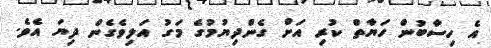
އެ ހިސާބުން ހަޔާތް ކުރި އަށް ގެންދިޔުމުގެ މަގު އަލިވެގެން ދިޔަ އެވެ.